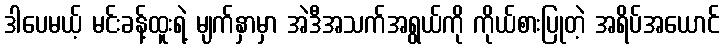
ဒါပေမယ့် မင်းခန့်ထူးရဲ့ မျက်နှာမှာ အဲဒီအသက်အရွယ်ကို ကိုယ်စားပြုတဲ့ အရိပ်အယောင်